Civil Veterinary Dept. Bombay admin report 1893-99 - 1893-1899
Year: 1893
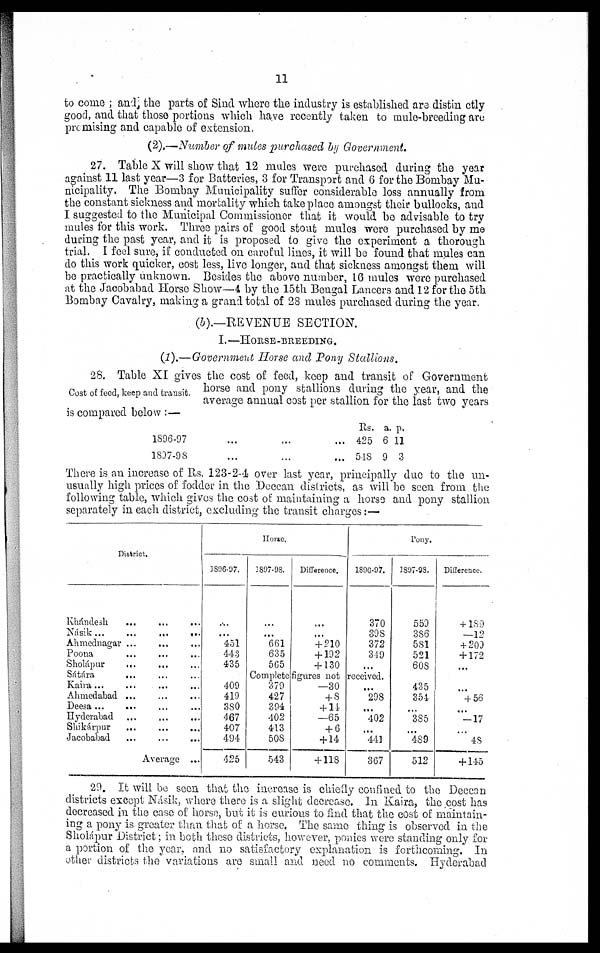
11
to come ; and, the parts of Sind where the industry is established are distin ctly
good, and that those portions which have recently taken to mule-breeding are
promising and capable of extension.
(2).—Number of mules purchased by Government.
27. Table X will show that 12 mules were purchased during the year
against 11 last year—3 for Batteries, 3 for Transport and 6 for the Bombay Mu-
nicipality. The Bombay Municipality suffer considerable loss annually from
the constant sickness and mortality which take place amongst their bullocks, and
I suggested to the Municipal Commissioner that it would be advisable to try
mules for this work. Three pairs of good stout mules were purchased by me
during the past year, and it is proposed to give the experiment a thorough
trial. I feel sure, if conducted on careful lines, it will be found that mules can
do this work quicker, cost less, live longer, and that sickness amongst them will
be practically unknown. Besides the above number, 16 mules were purchased
at the Jacobabad Horse Show—4 by the 15th Bengal Lancers and 12 for the 5th
Bombay Cavalry, making a grand total of 28 mules purchased during the year.
(b).—REVENUE SECTION.
I.—HORSE-BREEDING.
(1).—Government Horse and Pony Stallions.
Cost of feed, keep and transit.
28. Table XI gives the cost of feed, keep and transit of Government
horse and pony stallions during the year, and the
average annual cost per stallion for the last two years
is compared below :—
1896-97... ... ...
1897-98 ... ... ...
Rs.
425
548
a.
6
9
p.
11
3
There is an increase of Rs. 123-2-4 over last year, principally due to the un-
usually high prices of fodder in the Deccan districts, as will be seen from the
following table, which gives the cost of maintaining a horse and pony stallion
separately in each district, excluding the transit charges:—
District.
Khándesh
...
...
...
Násik ... ...
...
...
Ahmednagar ...
...
...
Poona ... ... ...
Sholápur
... ... ...
Sátára ... ... ...
Kaira ...
... ... ...
Ahmedabad ... ... ...
Deesa ... ...
Hyderabad ... ... ...
Shikárpur
... ... ...
Jacobabad ... ... ...
Average ...
Horse.
1896-97.
...
...
451
443
435
409
419
380
467
407
494
425
1897-98.
...
...
661
635
565
Difference.
...
...
+ 210
+ 192
+ 130
Pony.
1896-97.
370
398
372
349
...
Complete figures not received.
379
427
394
402
413
508
543
—30
+8
+ 14
—65
+ 6
+ 14
+ 118
...
298
...
402
...
441
367
3897-98.
559
386
581
521
608
435
354
...
385
...
489
512
Difference.
+ 189
—12
+ 209
+ 172
...
...
+ 56
...
—17
...
48
+ 145
29. It will be seen that the increase is chiefly confined to the Deccan
districts except Násik, where there is a slight decrease. In Kaira, the cost has
decreased in the case of horse, but it is curious to find that the cost of maintain-
ing a pony is greater than that of a horse. The same thing is observed in the
Sholápur District; in both these districts, however, ponies were standing only for
a portion of the year, and no satisfactory explanation is forthcoming. In
other districts the variations are small and need no comments. Hyderabad